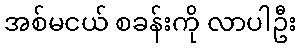
အစ်မငယ် စခန်းကို လာပါဦး